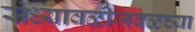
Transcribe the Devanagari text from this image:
संध्यावळीजवळच्या